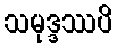
သမုဒ္ဒဿပိ